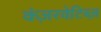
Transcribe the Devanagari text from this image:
कंज़रवेटिब्ज़